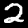
Digit: 2